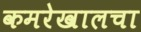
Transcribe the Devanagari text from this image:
कमरेखालचा